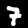
Digit: 7